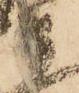
衛